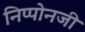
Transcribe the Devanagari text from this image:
निप्पोनजी